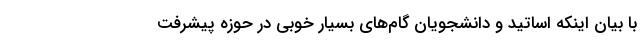
با بیان اینکه اساتید و دانشجویان گام‌های بسیار خوبی در حوزه پیشرفت